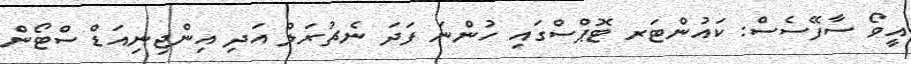
އީވޯ ސާފޭސެސް: ކައުންޓަރ ޓޮޕްސްގައި ހުންނަ ފަދަ ނެޗުރަލް އަދި އިންޖިނިއަޑް ސްޓޯން